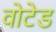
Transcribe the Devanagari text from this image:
वोटेड